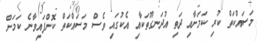
މަސައްކަތް ކުރި ކަމަށާއި ދަތި އުދަނގޫތަކާއި އެކުގައި ވެސް މަސައްކަތް ކޮށްފައިވާނެ ކަމަށް